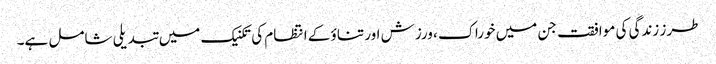
طرز زندگی کی موافقت جن میں خوراک ، ورزش اور تناؤ کے انتظام کی تکنیک میں تبدیلی شامل ہے۔